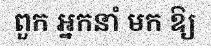
ពួក អ្នកនាំ មក ឱ្យ